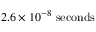
2 . 6 \times 1 0 ^ { - 8 } \ \mathrm { s e c o n d s }